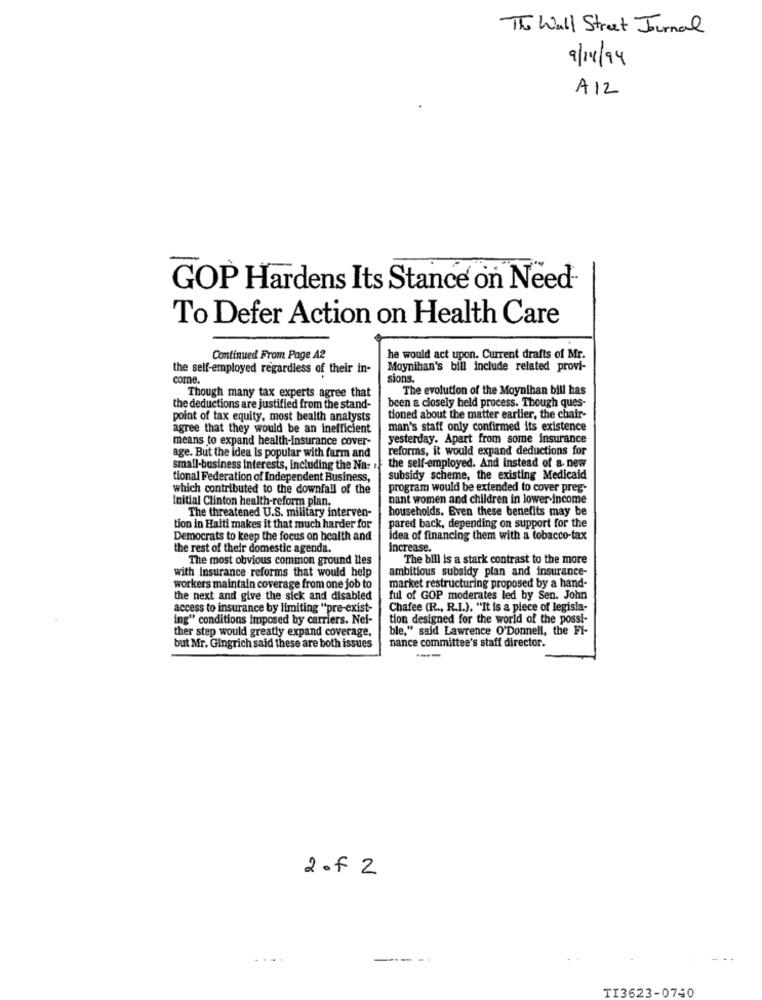
The Wall Street Journal
9/14/94
A12
GOP Hardens Its Stance on Need
To Defer Action on Health Care
Continued From Page A2
he would act upon. Current drafts of Mr.
the self-employed regardless of their in-
Moynihan's bill include related provi-
come.
sions.
The evolution of the Moynihan bill has
Though many tax experts agree that
been a closely held process. Though ques-
the deductions are justified from the stand-
point of tax equity, most health analysts
tioned about the matter earlier, the chair-
agree that they would be an inefficient
man's staff only confirmed its existence
means to expand health-insurance cover-
yesterday. Apart from some insurance
reforms, it would expand deductions for
age. But the idea Is popular with farm and
small-business interests, including the Na: 1.
the self-employed. And instead of a new
tional Federation of Independent Business,
subsidy scheme, the existing Medicaid
which contributed to the downfall of the
program would be extended to cover preg-
Initial Clinton health-reform plan.
nant women and children in lower-income
The threatened U.S. military interven-
households. Even these benefits may be
tion in Haiti makes it that much harder for
pared back, depending on support for the
Democrats to keep the focus on health and
idea of financing them with a tobacco-tax
the rest of their domestic agenda.
increase.
The most obvious common ground lles
The bill is a stark contrast to the more
with Insurance reforms that would help
ambitious subsidy plan and insurance-
workers maintain coverage from one job to
market restructuring proposed by a hand-
the next and give the sick and disabled
ful of GOP moderates led by Sen. John
access to insurance by limiting "pre-exist-
Chafee (R ., R.I.). "It is a piece of legisla-
ing" conditions imposed by carriers. Nei-
tion designed for the world of the possi-
ther step would greatly expand coverage,
ble," said Lawrence O'Donnell, the FI-
nance committee's staff director.
but Mr. Gingrich said these are both issues
-
2of2
.....
--- -.
TI3623-0740